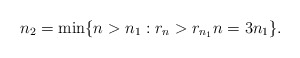
\begin{align*}n_2 = \min\{n>n_1 : r_n>r_{n_1} n=3n_1\}.\end{align*}